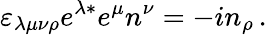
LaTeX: \varepsilon_{\lambda\mu\nu\rho}e^{\lambda\ast}e^{\mu}n^{\nu}=-in_{\rho}\, .